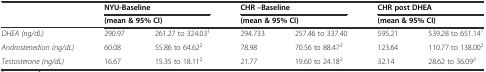
| <ROWSPAN=2>  | <COLSPAN=2> NYU-Baseline | <COLSPAN=2> CHR –Baseline | <COLSPAN=2> CHR post DHEA |
 | <COLSPAN=2> (mean & 95% CI) | <COLSPAN=2> (mean & 95% CI) | <COLSPAN=2> (mean & 95% CI) |
 | --- | --- | --- | --- | --- | --- | --- |
 | DHEA (ng/dL) | 290.97 | 261.27 to 324.031 | 294.733 | 257.46 to 337.40 | 595.21 | 539.28 to 651.141 |
 | Androstenedion (ng/dL) | 60.08 | 55.86 to 64.622 | 78.98 | 70.56 to 88.472 | 123.64 | 110.77 to 138.002 |
 | Testosterone (ng/dL) | 16.67 | 15.35 to 18.112 | 21.77 | 19.60 to 24.182 | 32.14 | 28.62 to 36.092 |